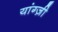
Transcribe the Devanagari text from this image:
यांग्ज़ी